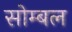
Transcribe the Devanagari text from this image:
सोम्बल